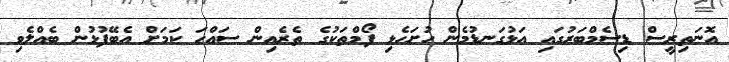
އޮނަތިރީސް ޑިސެމްބަރުގައި އަޅުގަނޑުމެން ހުށަހެޅި ފޯމްތަކުގެ ތެރެއިން ސައްހަ ކަމަށް އެބޭފުޅުން ބެއްލެވި